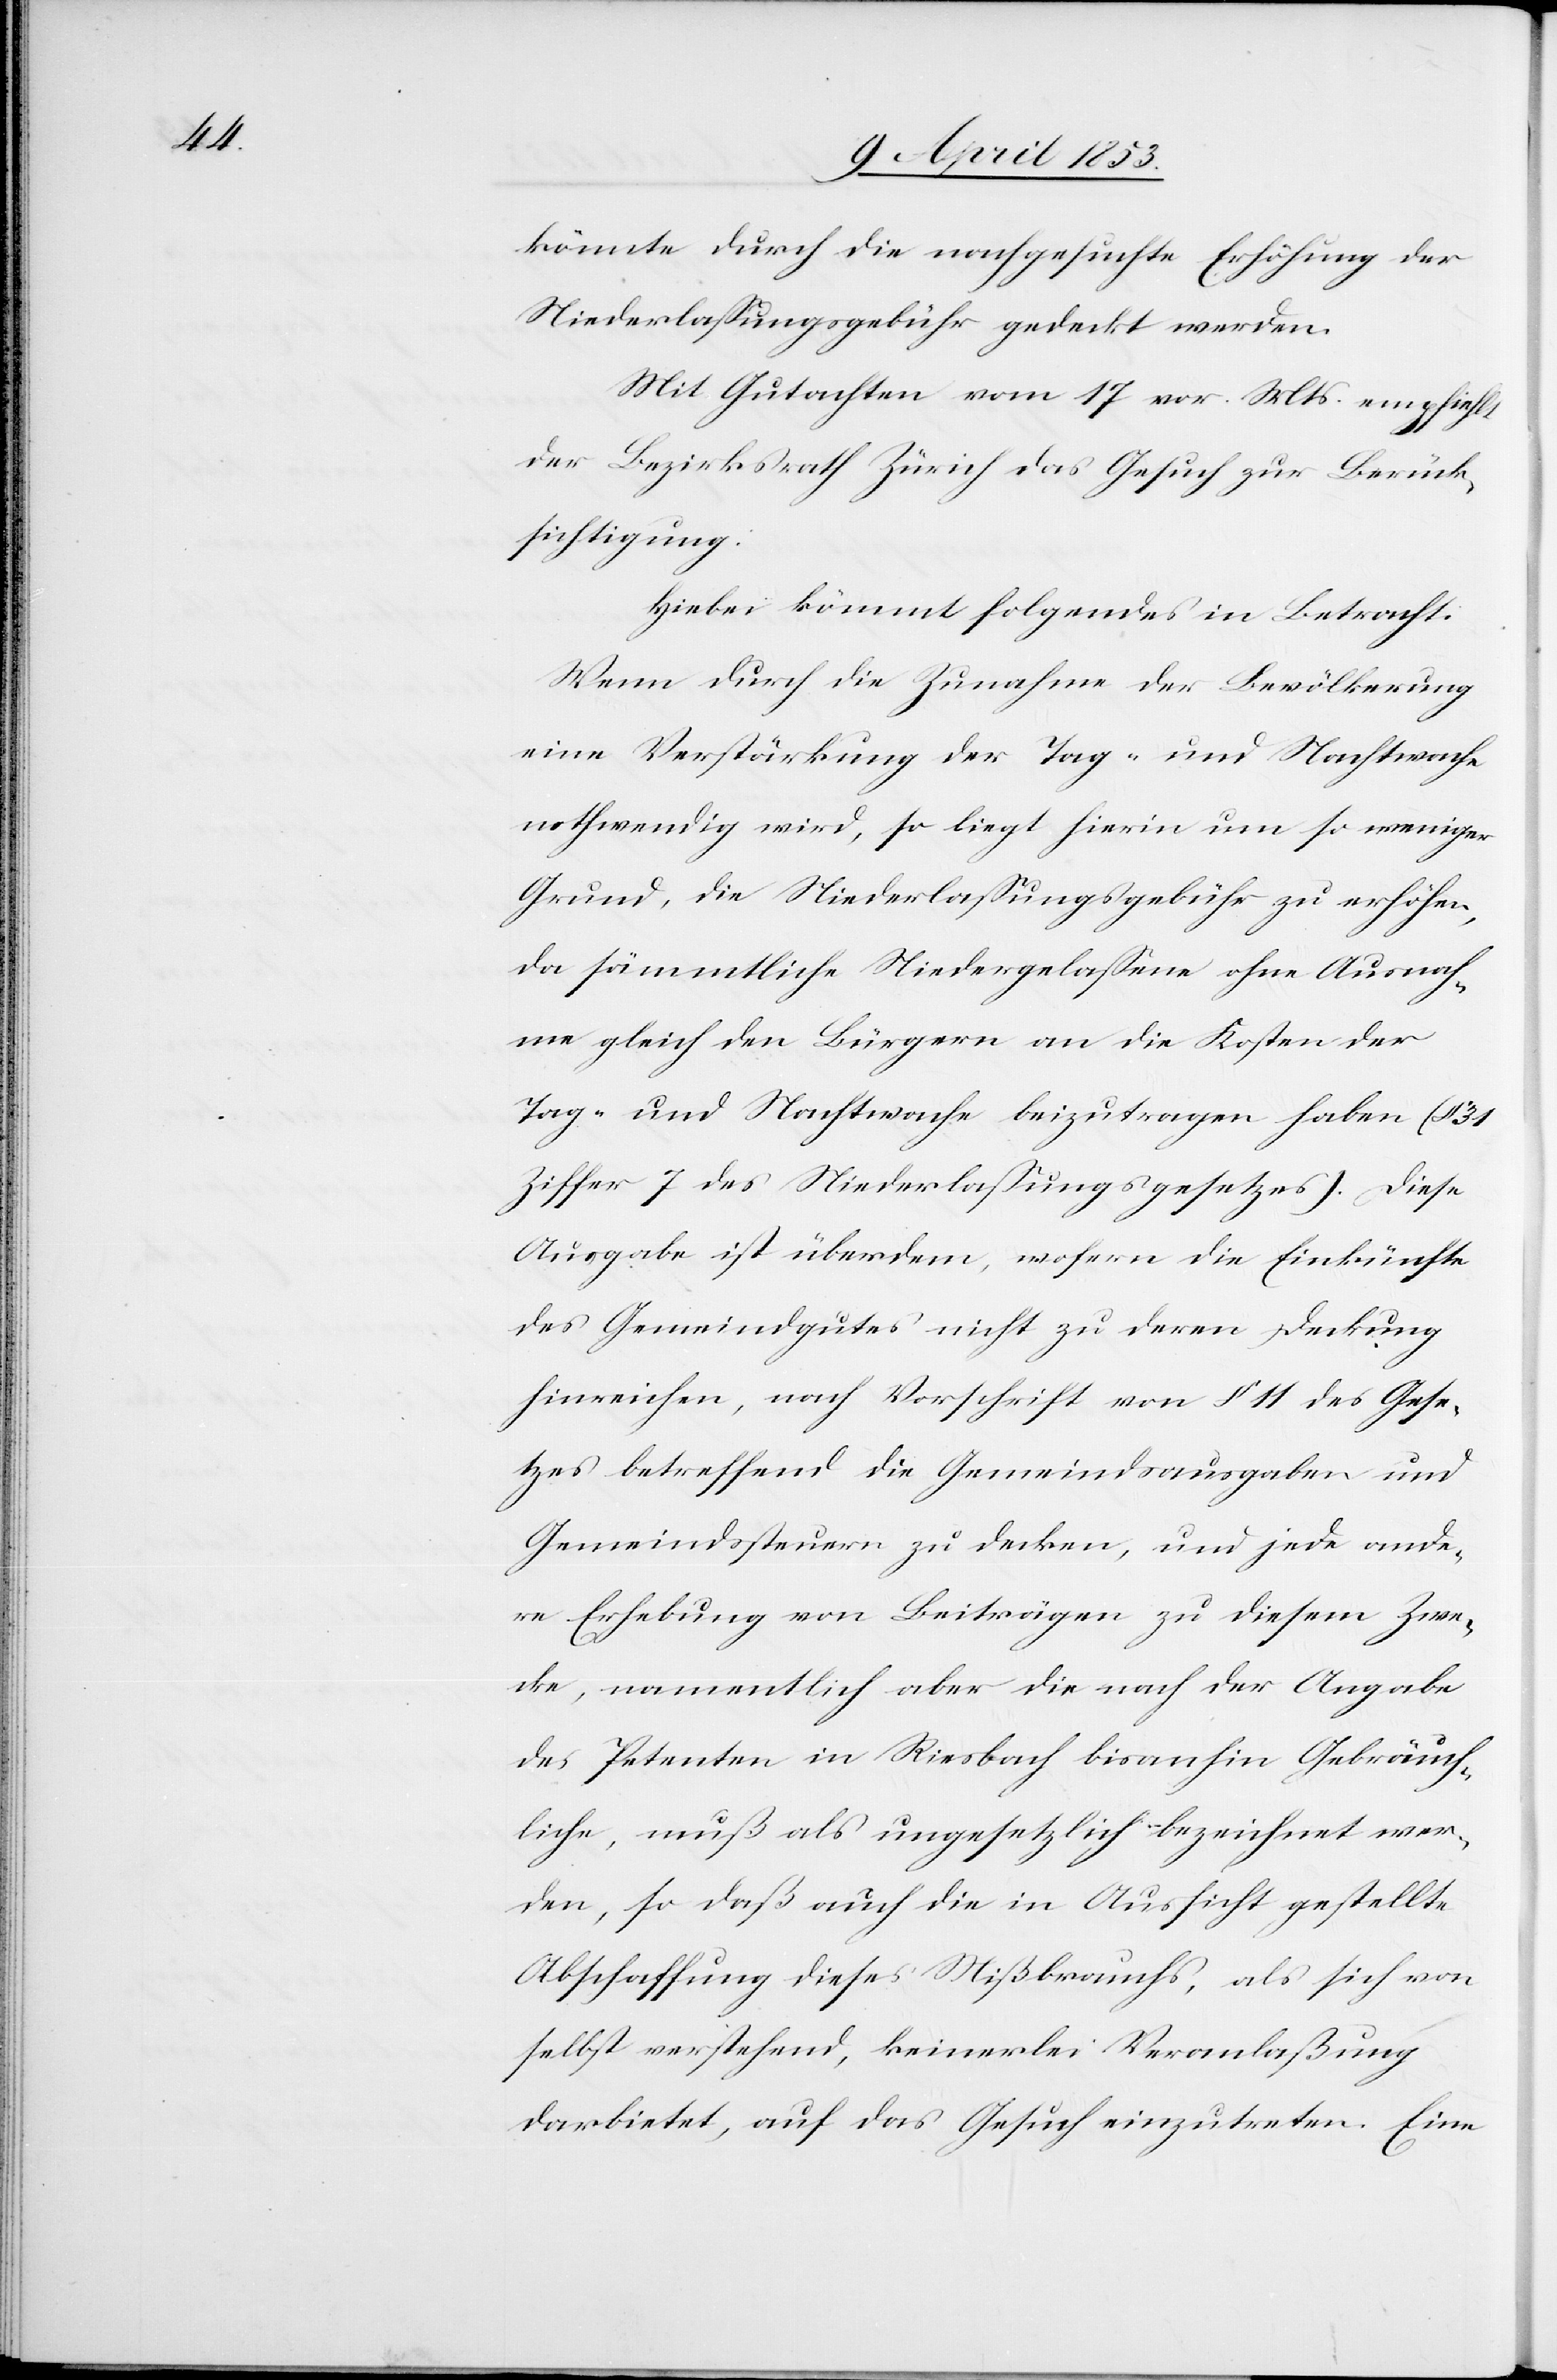
könnte durch die nachgesuchte Erhöhung der
Niederlaßungsgebühr gedeckt werden.
Mit Gutachten vom 17 vor. Mts. empfiehlt
der Bezirksrath Zürich das Gesuch zur Berück¬
sichtigung.
Hiebei kömmt folgendes in Betracht.
Wenn durch die Zunahme der Bevölkerung
eine Verstärkung der Tag- und Nachtwache
nothwendig wird, so liegt hierin um so weniger
Grund, die Niederlaßungsgebühr zu erhöhen,
da sämmtliche Niedergelaßene ohne Ausnah¬
me gleich den Bürgern an die Kosten der
Tag- und Nachtwache beizutragen haben (§
Ziffer 7 des Niederlaßungsgesetzes). Diese
Ausgabe ist überdem, wofern die Einkünfte
des Gemeindgutes nicht zu deren Deckung
hinreichen, nach Vorschrift von § 11 des Gese¬
tzes betreffend die Gemeindsausgaben und
Gemeindssteuern zu decken, und jede ande¬
re Erhebung von Beiträgen zu diesem Zwe¬
cke, namentlich aber die nach der Angabe
des Petenten in Riesbach bisanhin Gebräuch¬
liche, muß als ungesetzlich bezeichnet wer¬
den, so daß auch die in Aussicht gestellte
Abschaffung dieses Mißbrauchs, als sich von
selbst verstehend, keinerlei Veranlaßung
darbietet, auf das Gesuch einzutreten. Eine